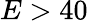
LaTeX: E>40